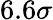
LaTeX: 6.6\sigma